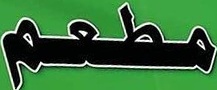
مطعم